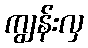
ကျွန်းလှ